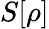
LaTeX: S[\rho]